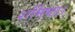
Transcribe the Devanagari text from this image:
शर्मिष्ठा।